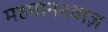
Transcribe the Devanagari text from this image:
महमाननवाज़